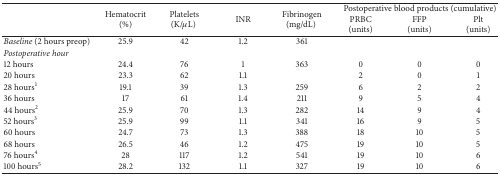
| <ROWSPAN=2>  | <ROWSPAN=2> Hematocrit (%) | <ROWSPAN=2> Platelets(K/μL) | <ROWSPAN=2> INR | <ROWSPAN=2> Fibrinogen (mg/dL) | <COLSPAN=3> Postoperative blood products (cumulative) |
 | PRBC(units) | FFP(units) | Plt(units) |
 | --- | --- | --- | --- | --- | --- | --- | --- |
 | Baseline (2 hours preop) | 25.9 | 42 | 1.2 | 361 |  |  |  |
 | Postoperative hour |  |  |  |  |  |  |  |
 | 12 hours | 24.4 | 76 | 1 | 363 | 0 | 0 | 0 |
 | 20 hours | 23.3 | 62 | 1.1 |  | 2 | 0 | 1 |
 | 28 hours1 | 19.1 | 39 | 1.3 | 259 | 6 | 2 | 2 |
 | 36 hours | 17 | 61 | 1.4 | 211 | 9 | 5 | 4 |
 | 44 hours2 | 25.9 | 70 | 1.3 | 282 | 14 | 9 | 4 |
 | 52 hours3 | 25.9 | 99 | 1.1 | 341 | 16 | 9 | 5 |
 | 60 hours | 24.7 | 73 | 1.3 | 388 | 18 | 10 | 5 |
 | 68 hours | 26.5 | 46 | 1.2 | 475 | 19 | 10 | 5 |
 | 76 hours4 | 28 | 117 | 1.2 | 541 | 19 | 10 | 6 |
 | 100 hours5 | 28.2 | 132 | 1.1 | 327 | 19 | 10 | 6 |